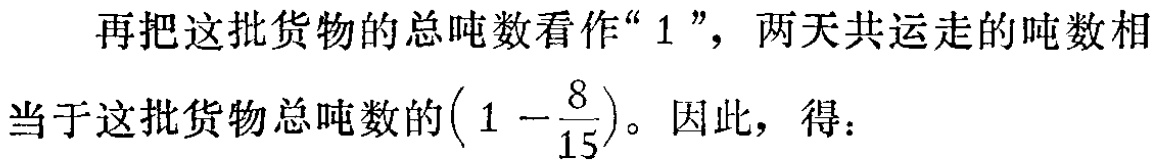
再把这批货物的总吨数看作“$1$”，两天共运走的吨数相当于这批货物总吨数的$\left(1 - \dfrac{8}{15}\right)$。因此，得：